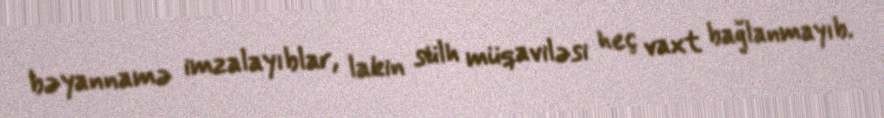
bəyannamə imzalayıblar, lakin sülh müqaviləsi heç vaxt bağlanmayıb.